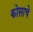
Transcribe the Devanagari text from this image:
कोसाचे